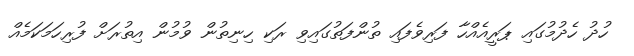
ހުދު ހެދުމުގައި ޕަރީއެއްހާ ފަރިވެފައި ތުންފަތުގައިވި ރަކި ހިނިތުން ވުމުން އިތުރަށް ފުރިހަމަކަމެއް